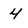
Character: 4